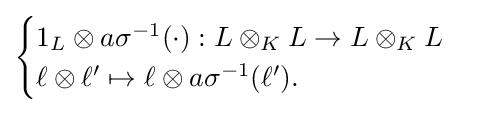
{\begin{cases}1_{L}\otimes a\sigma ^{-1}(\cdot ):L\otimes _{K}L\to L\otimes _{K}L\\\ell \otimes \ell '\mapsto \ell \otimes a\sigma ^{-1}(\ell ').\end{cases}}